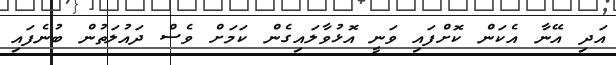
އަދި އޭނާ އެކަން ކޮށްފައި ވަނީ އޮޅުވާލައިގެން ކަމަށް ވެސް ދައުލަތުން ބުނެފައި